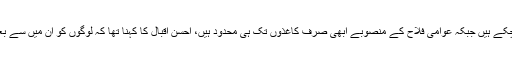
اس سوال پر کہ بندرگاہ پر تو ترقیاتی کام شروع ہو چکے ہیں جبکہ عوامی فلاح کے منصوبے ابھی صرف کاغذوں تک ہی محدود ہیں، احسن اقبال کا کہنا تھا کہ لوگوں کو ان میں سے بعض منصوبوں کا فائدہ بھی پہنچنا شروع ہو چکا ہے۔